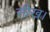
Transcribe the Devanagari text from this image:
सीख।